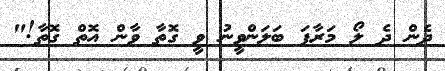
ދެން ދެ ލޯ މަރާފަ ބަލަންވީނު ވީ ގޮތާ ވާން އޮތް ގޮތާ!"